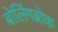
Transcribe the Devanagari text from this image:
बोलिंगब्रोक